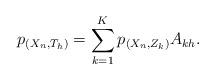
LaTeX: \begin{align*}p_{(X_n,T_h)}=\sum_{k=1}^{K}p_{(X_n,Z_k)}A_{kh}.\end{align*}